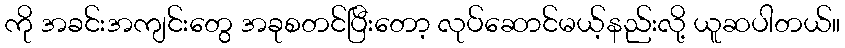
ကို အခင်းအကျင်းတွေ အခုစတင်ပြီးတော့ လုပ်ဆောင်မယ့်နည်းလို့ ယူဆပါတယ်။